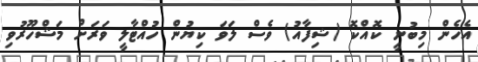
އެހެން މިބުނީ ކޮއްކޮ (ޝިފާއު) ވެސް ލަވަ ކިޔުން ހުއްޓާލީ ވަރަށް މަޝްހޫރުވި